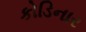
કોડિનાર